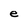
Character: e